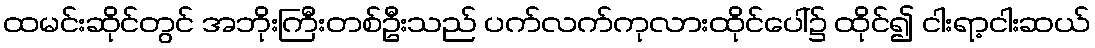
ထမင်းဆိုင်တွင် အဘိုးကြီးတစ်ဦးသည် ပက်လက်ကုလားထိုင်ပေါ်၌ ထိုင်၍ ငါးရာ့ငါးဆယ်